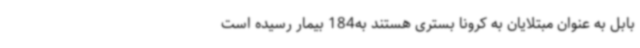
بابل به عنوان مبتلایان به کرونا بستری هستند به184 بیمار رسیده است